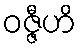
ဝဇ္ဇီဟိ